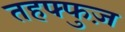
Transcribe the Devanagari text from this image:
तहफ्फुज़